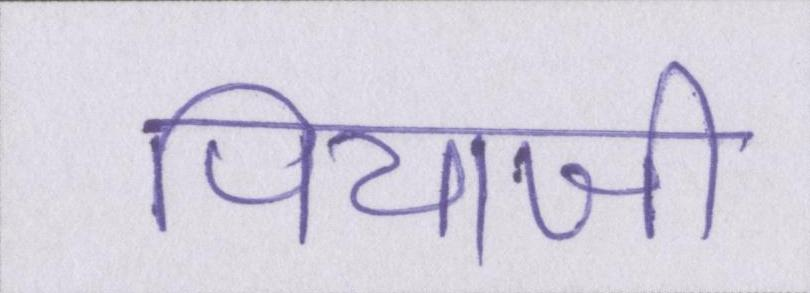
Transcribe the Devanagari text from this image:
पियाजी